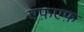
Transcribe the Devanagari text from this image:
एफ़एफ़